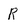
Character: R